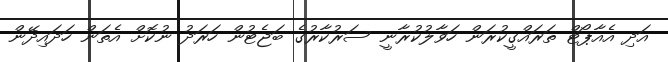
އަދި އެއާޕޯޓް ތަރައްގީކުރަން ހަވާލުކުރާނީ ސަރުކާރުގެ ބަޖެޓުން ހަރަދު ނުކޮށް އެތަން ހަދައިދޭން